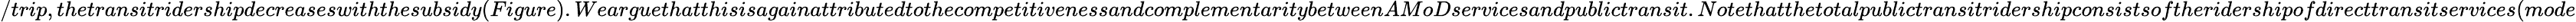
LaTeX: /trip,thetransitridershipdecreaseswiththesubsidy(Figure).WearguethatthisisagainattributedtothecompetitivenessandcomplementaritybetweenAMoDservicesandpublictransit.Notethatthetotalpublictransitridershipconsistsoftheridershipofdirecttransitservices(mode